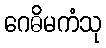
ဂေဓိမကံသု